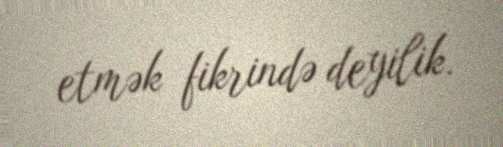
etmək fikrində deyilik.